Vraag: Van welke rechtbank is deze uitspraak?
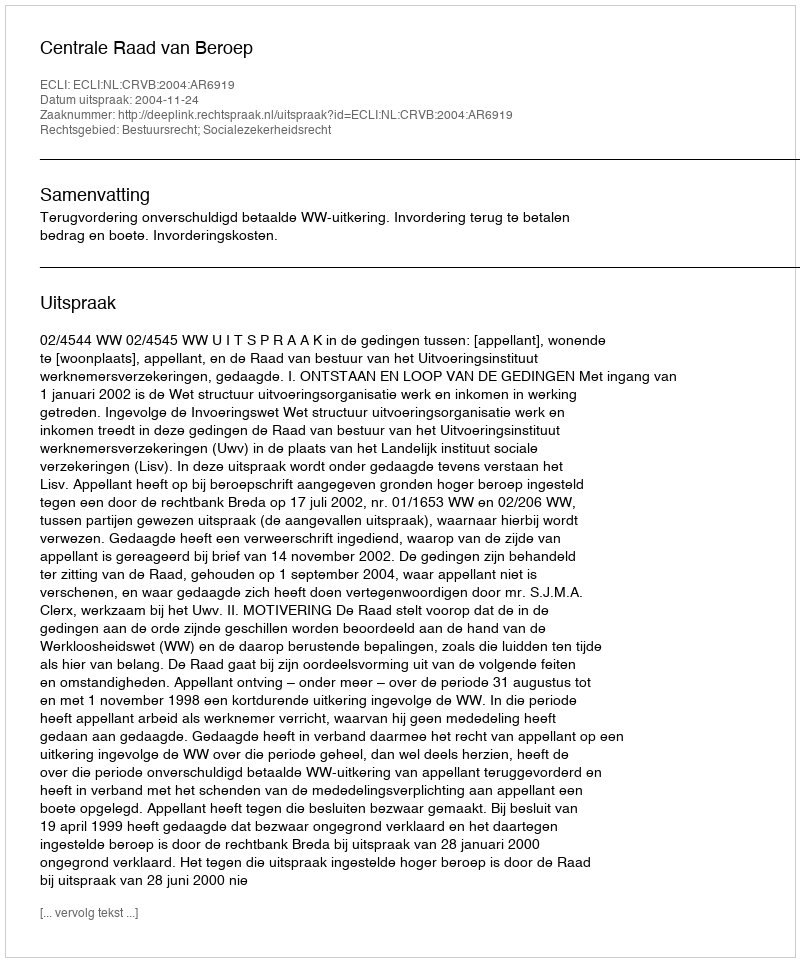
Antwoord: Centrale Raad van Beroep